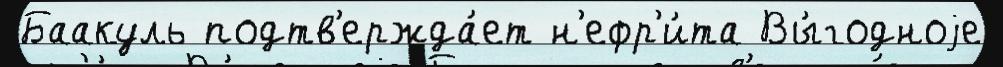
Баакуль подтв'ержда́ет н'ефр'и́та Вы́годноjе